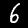
Label: 6